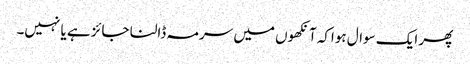
پھر ایک سوال ہواکہ آنکھوں میں سرمہ ڈالنا جائز ہے یا نہیں۔